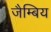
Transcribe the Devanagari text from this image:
जैम्बिय